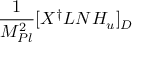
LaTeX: { \frac { 1 } { M _ { P l } ^ { 2 } } } [ X ^ { \dagger } L N H _ { u } ] _ { D }